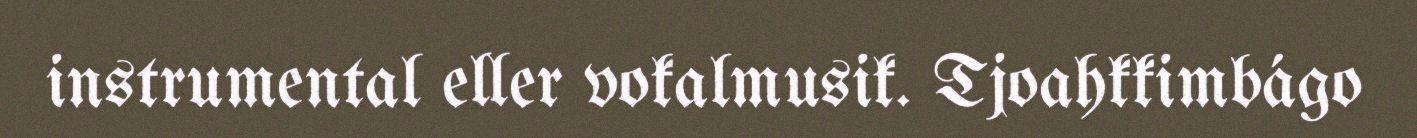
instrumental eller vokalmusik. Tjoahkkimbágo